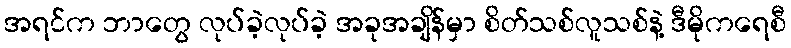
အရင်က ဘာတွေ လုပ်ခဲ့လုပ်ခဲ့ အခုအချိန်မှာ စိတ်သစ်လူသစ်နဲ့ ဒီမိုကရေစီ